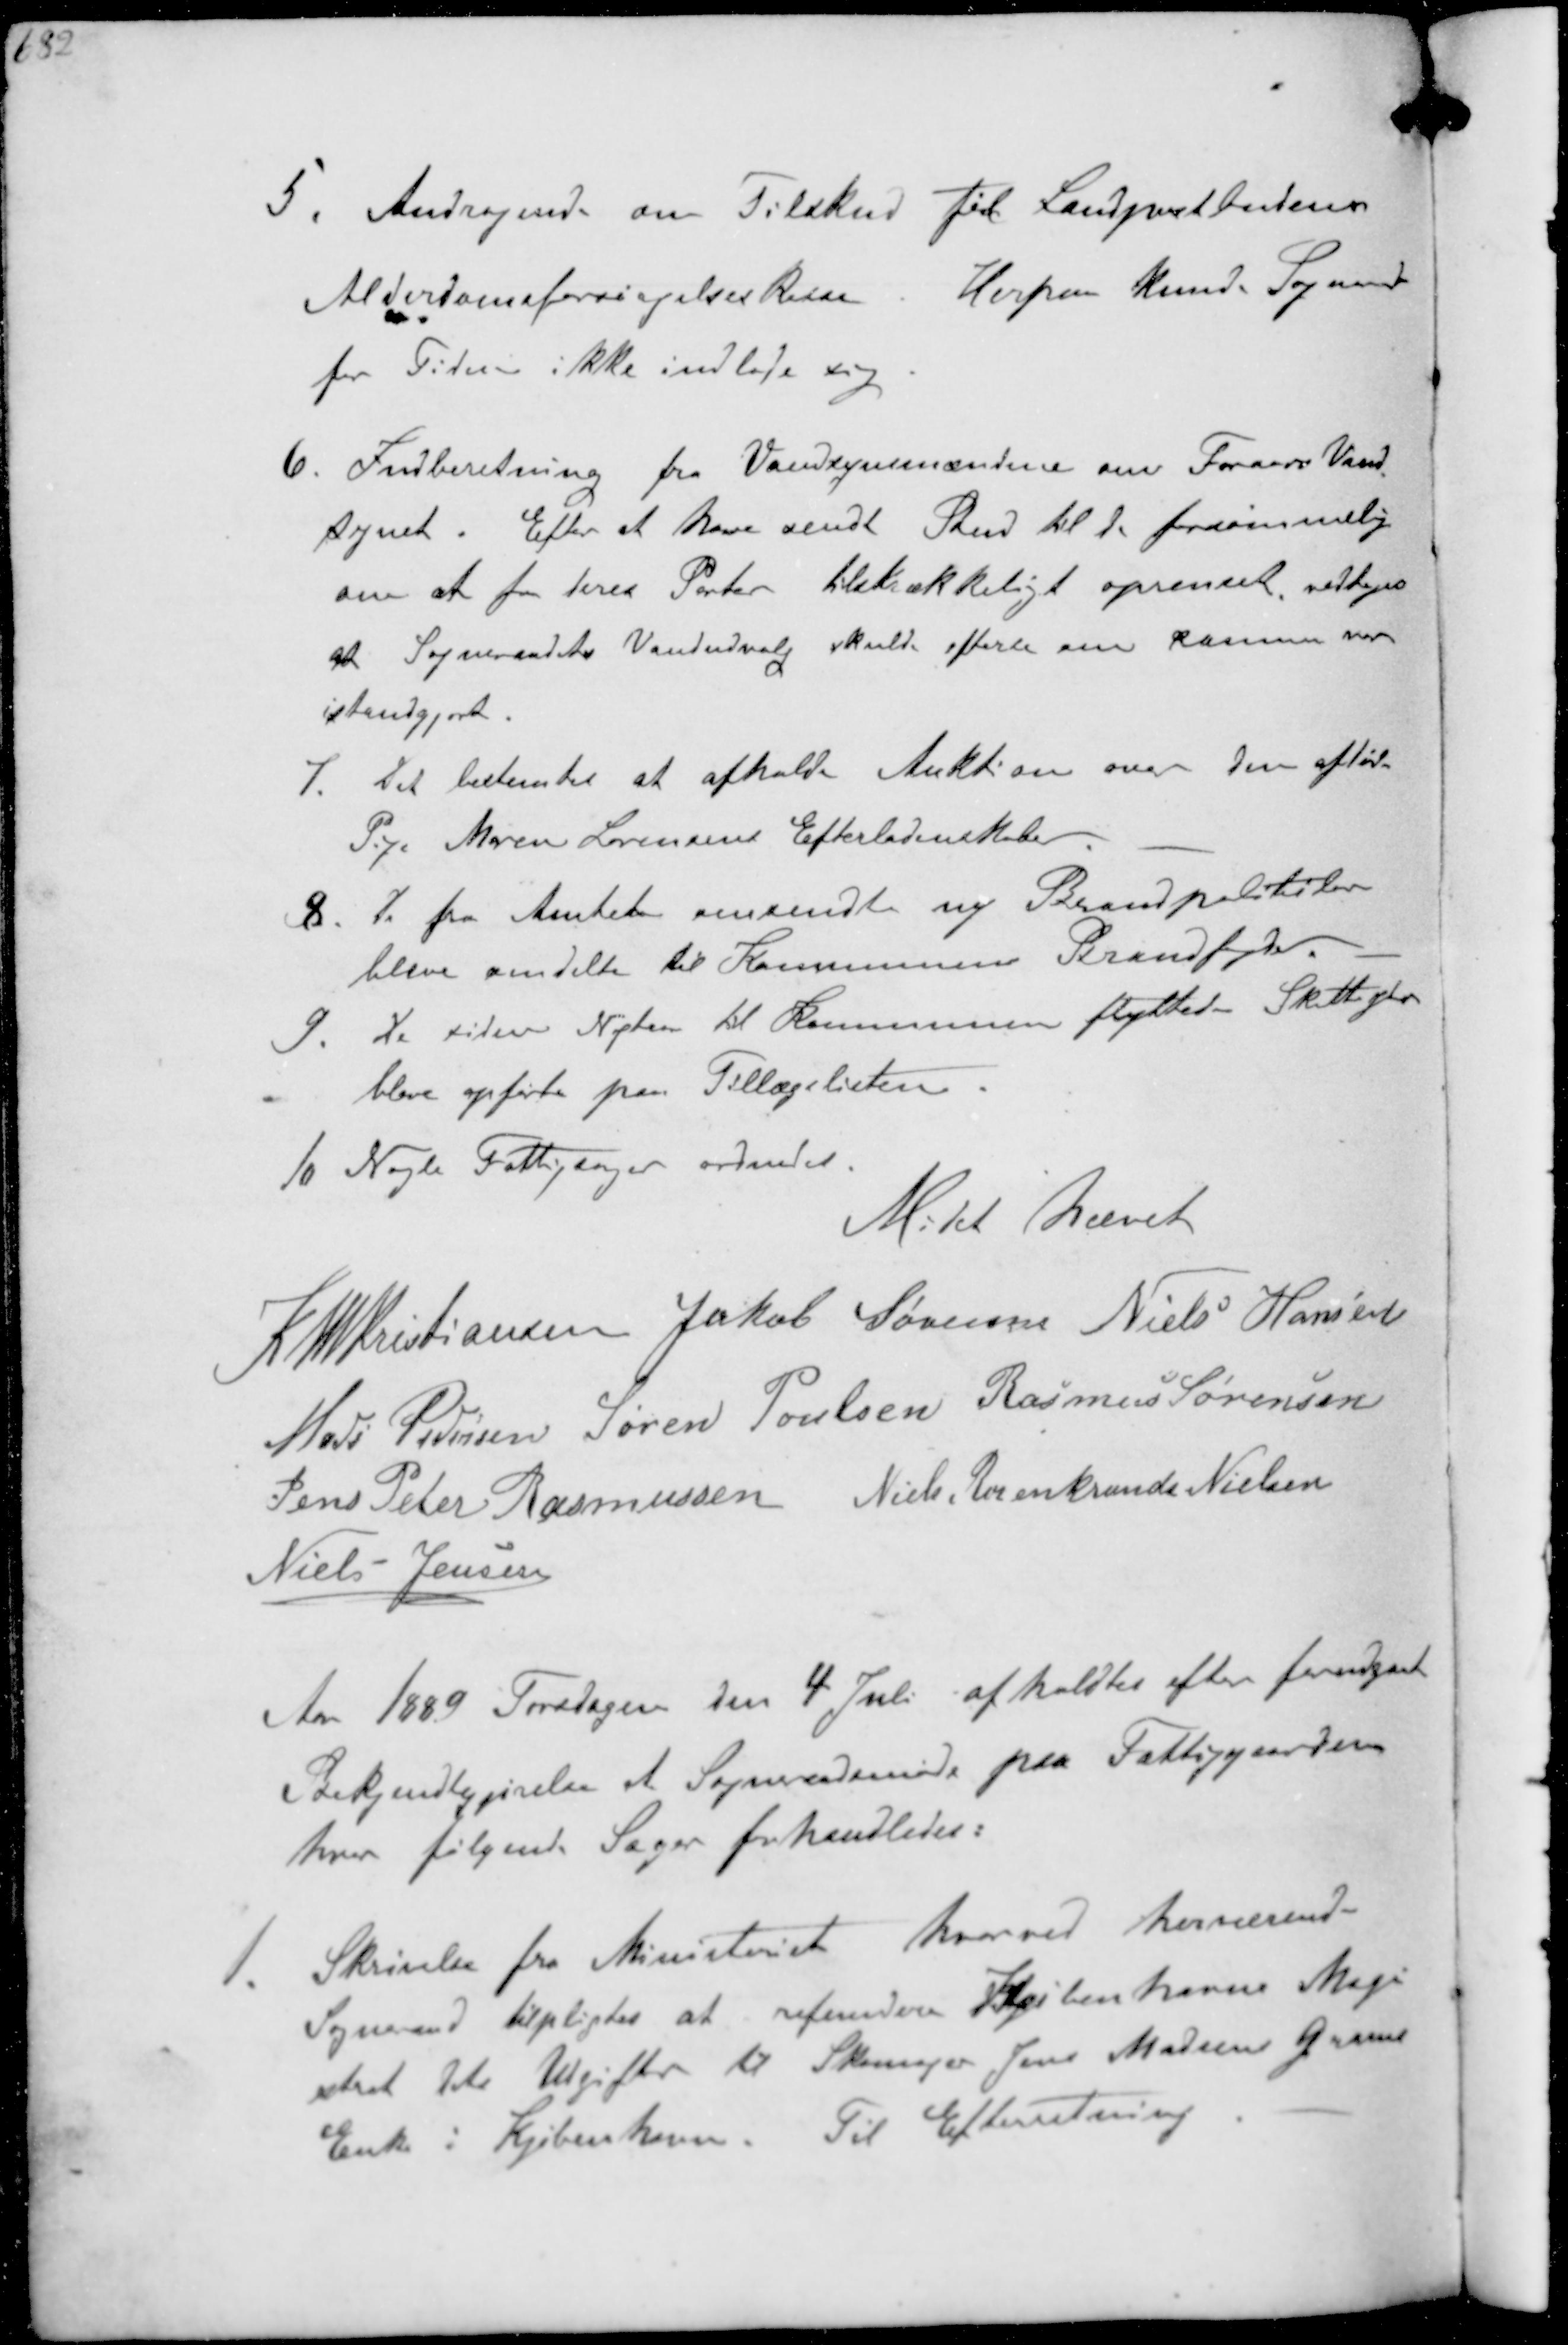
Transskription:
5. Andragende om Tilskud til Landpostbudenes
Alderdomsforsørgelseskasse. Herpaa kunde Sogneraadet
for Tiden ikke indlade sig
6. Indberetning fra Vandsynsmændene om Foraars Vand-
synet. Efter at have sendt Bud til de forsømmelig
om at faa deres Parter tilskrækkeligt oprenset vedtoges
at Sogneraadets Vandudvalg skulde efterse om samme var
istandgjort
7. Det bestemtes at afholde Auktion over den afdøde
Pige Maren Sørensens Efterladenskaber
8. De fra Amtet omsendte ny Brandpolitiker
bleve omdelte til Kommunens Brandfogder
9. de siden Nytaar til Kommunen flyttede Skatteydere
bleve opførte paa Tillægslisten
10 Nogle Fattigsager ordnedes
Mødet hævet
K N M Kristiansen Jakob Sørensen Niels Hansen
Mads Pedersen Søren Poulsen Rasmus Sørensen
Jens Peter Rasmussen Niels Rosenkrands Nielsen
Niels Jensen
Aar 1889 Torsdagen den 4 Juli afholdtes efter forudgaaet
Bekjendtgjørelse et Sogneraadsmøde paa Fattiggaarden
hvor følgende Sager forhandledes:
1. Skrivelse fra Ministeriet hvorved herværende
Sogneraad tilpligtes at refundere Københavns Magi-
strat dets Udgifter til Skomager Jens Madsen Grams
Enke i Kjøbenhavn. Til Efterretning